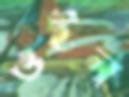
ওইল